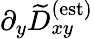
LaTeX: \partial_{y}\widetilde{D}_{xy}^{\textrm{(est)}}